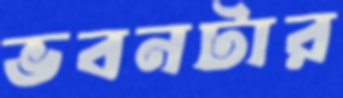
ভবনটার